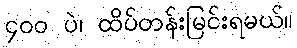
၄၀၀ ပဲ၊ ထိပ်တန်းမြင်းရမယ်။